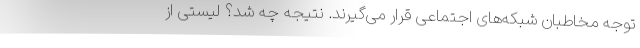
توجه مخاطبان شبکه‌های اجتماعی قرار می‌گیرند. نتیجه چه شد؟ لیستی از